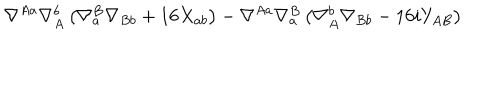
\nabla ^ { A a } \nabla _ { A } ^ { b } \left( \nabla _ { a } ^ { B } \nabla _ { B b } + 1 6 X _ { a b } \right) - \nabla ^ { A a } \nabla _ { a } ^ { B } \left( \nabla _ { A } ^ { b } \nabla _ { B b } - 1 6 i Y _ { A B } \right)